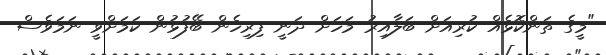
"މީގެ ތަންކޮޅެއް ކުރިއަށް ބަލާއިރު މަހަށް ދަނީ ފިރިހެން ބޭފުޅުން ކަމަށްވީ ނަމަވެސް